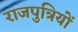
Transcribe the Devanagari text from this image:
राजपुत्रियों